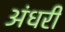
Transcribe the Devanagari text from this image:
अंधरी